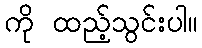
ကို ထည့်သွင်းပါ။